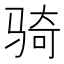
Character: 骑